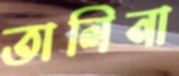
তালিনা